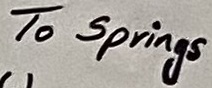
Text: To Springs